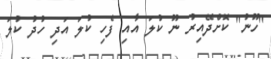
"ހޫނު" ކޮށްދޭއިރު ނޫ ކުލަ އާއި ފެހި ކުލަ އަދި ހުދު ކުލަ